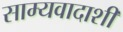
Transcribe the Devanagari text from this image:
साम्यवादाशी